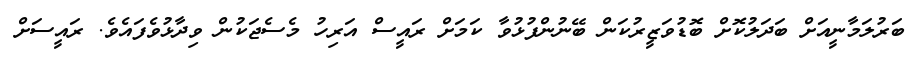
ބަރުލަމާނީއަށް ބަދަލުކޮށް ބޮޑުވަޒީރުކަން ބޭނުންފުޅުވާ ކަމަށް ރައީސް އަރިހު މެސެޖަކުން ވިދާޅުވެފައެވެ. ރައީސަށް